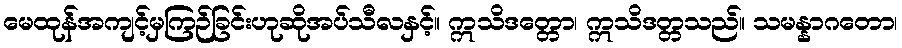
မေထုန်အကျင့်မှကြဉ်ခြင်းဟုဆိုအပ်သီလနှင့်။ ဣသိဒတ္တော၊ ဣသိဒတ္တသည်။ သမန္နာဂတော၊